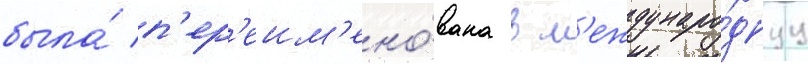
была́ п'ер'еим'ено́вана в м'еждунаро́днуу